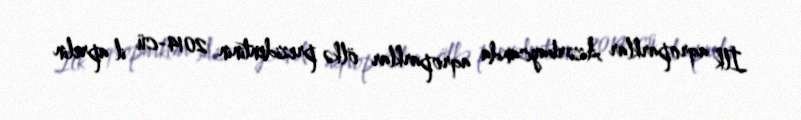
İlk aqroparklar Azərbaycanda aqroparklar ölkə prezidentinin 2014-cü il aprelin